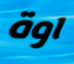
اوة